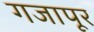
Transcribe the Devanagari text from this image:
गजापूर